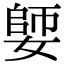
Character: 𡠋